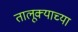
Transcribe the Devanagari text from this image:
तालूक्याच्या